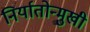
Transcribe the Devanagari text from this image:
निर्यातोन्मुखी